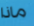
ماذا